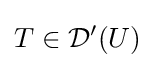
T\in {\mathcal {D}}^{\prime }(U)